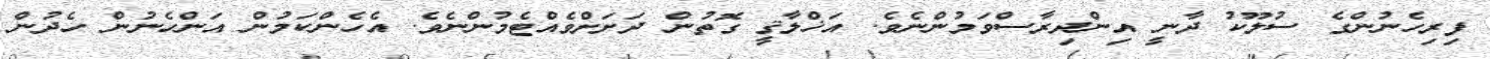
ފިރިހެނުންގެ ސުލޫކު ދާނީ އިންދިރާސްވަމުންނެވެ. އަޚްލާޤީ ގޮތުން ދަށަށްވެއްޓެމުންނެވެ. އެހެންކަމުން އަންހެނުން ހެދުން